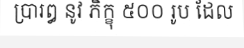
ប្រារឰ នូវ ភិក្ខុ ៥០០ រូប ដែល